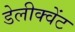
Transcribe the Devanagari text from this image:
डेलीक्वेंट